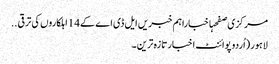
مرکزی صفحہاخباراہم خبریں ایل ڈی اے کے14اہلکاروں کی ترقی ..
لاہور (اُردو پوائنٹ اخبار تازہ ترین۔